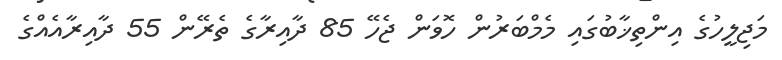
މަޖިލީހުގެ އިންތިޚާބުގައި މެމްބަރުން ހޮވަން ޖެހޭ 85 ދާއިރާގެ ތެރޭން 55 ދާއިރާއެއްގެ